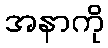
အနာကို